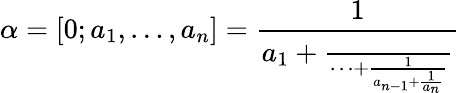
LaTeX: \alpha=[0;a_{1},\ldots,a_{n}]=\frac{1}{a_{1}+\frac{\phantom{1}}{\cdots+\frac{1}{a_{n-1}+\frac{1}{a_{n}}}}}